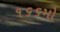
૧૬૬મો